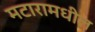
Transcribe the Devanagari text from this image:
मटारामधील